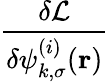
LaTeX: \frac{\delta\mathcal{L}}{\delta\psi_{k,\sigma}^{(i)}(\boldsymbol{\textbf{r}})}